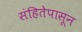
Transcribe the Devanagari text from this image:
संहितेपासून